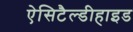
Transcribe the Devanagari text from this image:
ऐसिटैल्डीहाइड